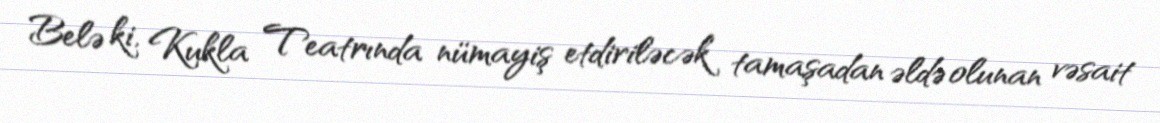
Belə ki, Kukla Teatrında nümayiş etdiriləcək tamaşadan əldə olunan vəsait